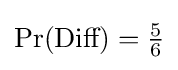
{\textstyle \Pr({\text{Diff}})={\tfrac {5}{6}}}